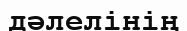
дәлелінің